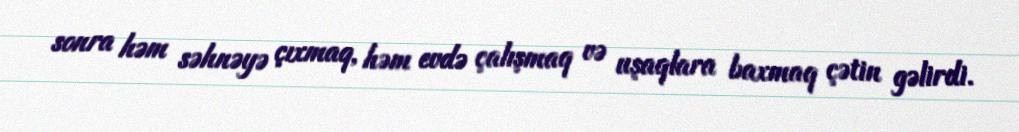
sonra həm səhnəyə çıxmaq, həm evdə çalışmaq və uşaqlara baxmaq çətin gəlirdi.